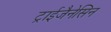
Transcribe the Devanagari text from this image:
ट्राईजैनेसिन